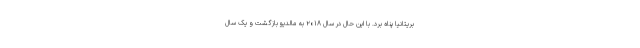
بریتانیا پناه برد. با این حال در سال ۲۰۱۸ به مالدیو بازگشت و یک سال